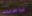
شاطىء